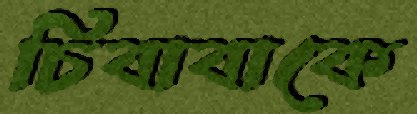
চিবাবাকে